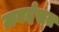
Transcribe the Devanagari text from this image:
ज़बर्दस्‍त